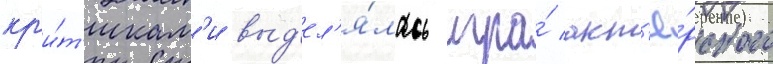
кр'и́т'икам'и выд'ел'я́лась игра́ акт'ё́рского